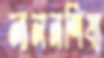
লালনশিষ্য